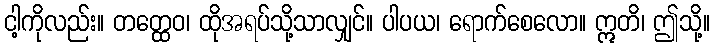
ငါ့ကိုလည်း။ တတ္ထေဝ၊ ထိုအရပ်သို့သာလျှင်။ ပါပယ၊ ရောက်စေလော။ ဣတိ၊ ဤသို့။